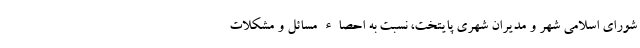
شورای اسلامی شهر و مدیران شهری پایتخت، نسبت به احصاء مسائل و مشکلات